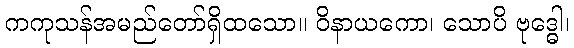
ကကုသန်အမည်တော်ရှိထသော။ ဝိနာယကော၊ သောပိ ဗုဒ္ဓေါ၊